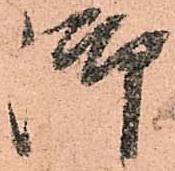
御